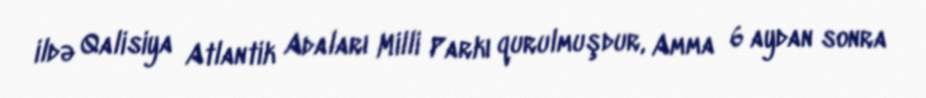
ildə Qalisiya Atlantik Adaları Milli Parkı qurulmuşdur, Amma 6 aydan sonra